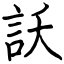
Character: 訞